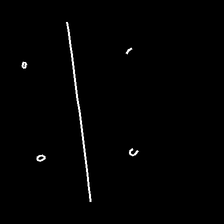
Glyph: cool